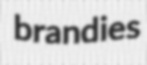
brandies